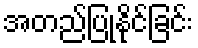
အတည်ပြုနိုင်ခြင်း